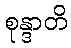
စုန္ဒာတိ